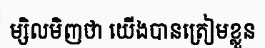
ម្សិលមិញថា យើងបានត្រៀមខ្លួន